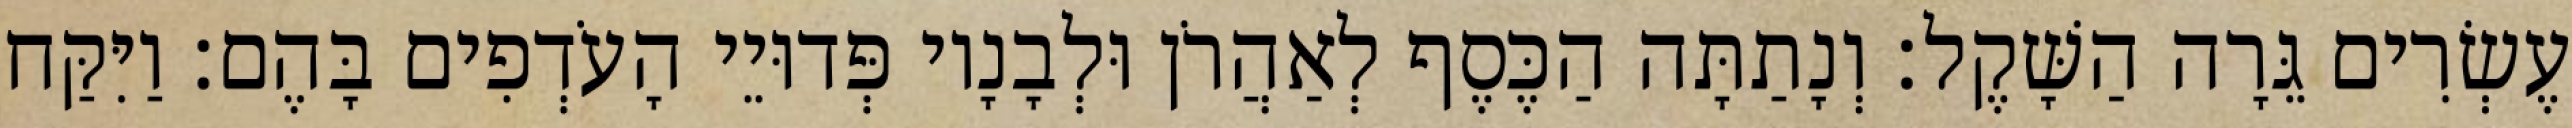
עֶשְׂרִים גֵּרָה הַשָּׁקֶל׃ וְנָתַתָּה הַכֶּסֶף לְאַהֲרֹן וּלְבָנָיו פְּדוּיֵי הָעֹדְפִים בָּהֶם׃ וַיִּקַּח